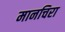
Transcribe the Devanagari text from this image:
मानचिरा